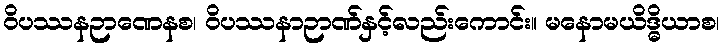
ဝိပဿနဉာဏေနစ၊ ဝိပဿနာဉာဏ်နှင့်လည်းကောင်း။ မနောမယိဒ္ဓိယာစ၊